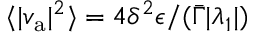
\langle \vert \mathfrak { v } _ { \mathrm { a } } \vert ^ { 2 } \rangle = 4 \delta ^ { 2 } \epsilon / ( \bar { \Gamma } | \lambda _ { 1 } | )